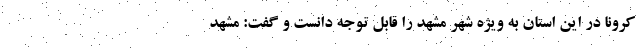
کرونا در این استان به ویژه شهر مشهد را قابل توجه دانست و گفت: مشهد